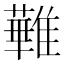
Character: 𩀵